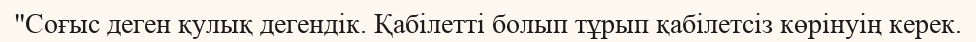
"Соғыс деген қулық дегендік. Қабілетті болып тұрып қабілетсіз көрінуің керек.